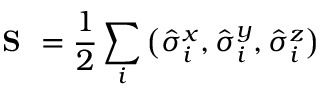
\textbf { S } = \frac { 1 } { 2 } \sum _ { i } \big ( \hat { \sigma } _ { i } ^ { x } , \hat { \sigma } _ { i } ^ { y } , \hat { \sigma } _ { i } ^ { z } \big )